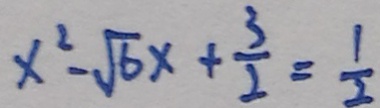
x ^ { 2 } - \sqrt { 6 } x + \frac { 3 } { 2 } = \frac { 1 } { 2 }